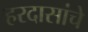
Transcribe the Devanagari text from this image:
हरदासांचे